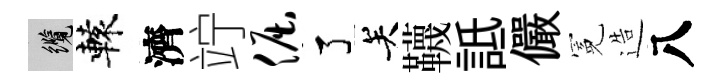
纜轅濟竚倔了关韈詆儼冕造八